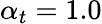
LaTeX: \alpha_{t}=1.0